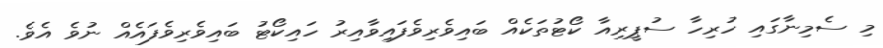
މި ސެމިނާގައި ހުރިހާ ސުޕީރިއާ ކޯޓުތަކެއް ބައިވެރިވެފައިވާއިރު ހައިކޯޓު ބައިވެރިވެފައެއް ނުވެ އެވެ.